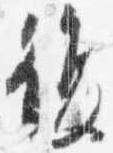
復